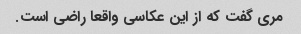
مری گفت که از این عکاسی واقعا راضی است.